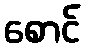
စောင်